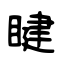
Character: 睷